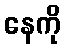
နေကို